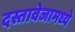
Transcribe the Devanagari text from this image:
दस्तावेजामध्ये